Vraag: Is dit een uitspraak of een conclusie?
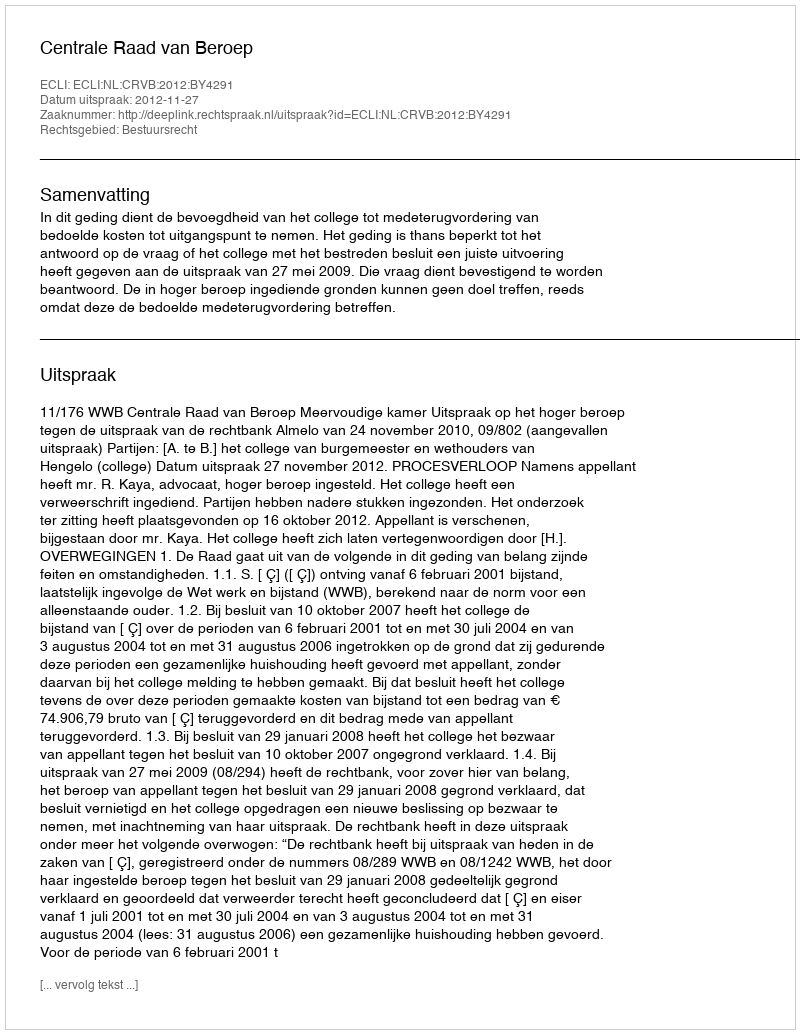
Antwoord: Uitspraak